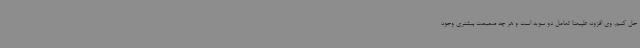
حل کنیم. وی افزود: طبیعتا تعامل دو سویه است و هر چه صمیمت بیشتری وجود